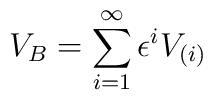
V_B = \sum_{i=1}^{\infty} \epsilon^i V_{(i)}